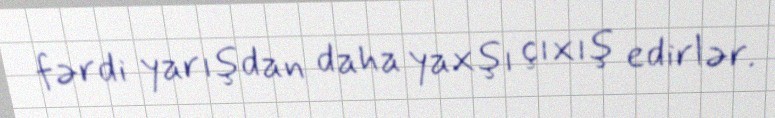
fərdi yarışdan daha yaxşı çıxış edirlər.